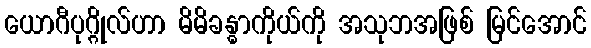
ယောဂီပုဂ္ဂိုလ်ဟာ မိမိခန္ဓာကိုယ်ကို အသုဘအဖြစ် မြင်အောင်